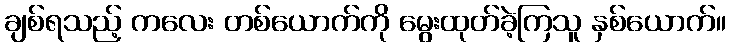
ချစ်ရသည့် ကလေး တစ်ယောက်ကို မွေးထုတ်ခဲ့ကြသူ နှစ်ယောက်။